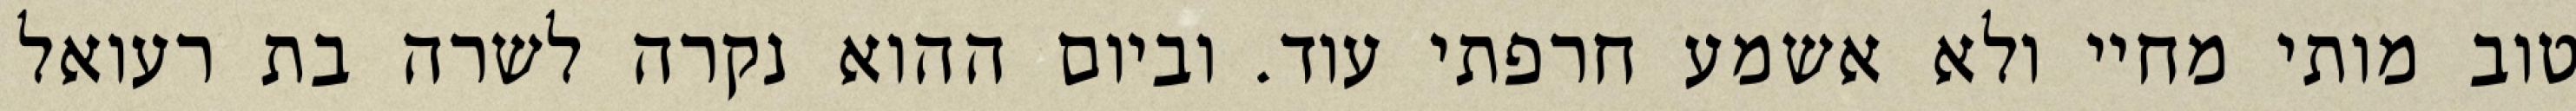
טוב מותי מחיי ולא אשמע חרפתי עוד. וביום ההוא נקרה לשרה בת רעואל